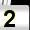
Digit: 2